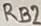
Text: RB2